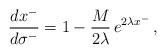
LaTeX: \begin{align*}\frac{dx^{-}}{d\sigma^{-}} = 1-\frac{M}{2\lambda}\,e^{2\lambda x^{-}}\,,\end{align*}